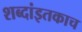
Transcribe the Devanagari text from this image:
शब्दांइतकाच